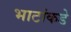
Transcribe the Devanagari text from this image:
भाटांकडे